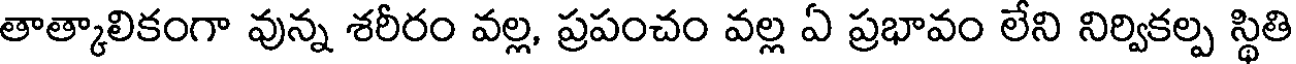
తాత్కాలికంగా వున్న శరీరం వల్ల, ప్రపంచం వల్ల ఏ ప్రభావం లేని నిర్వికల్ప స్థితి